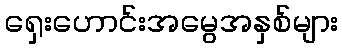
ရှေးဟောင်းအမွေအနှစ်များ